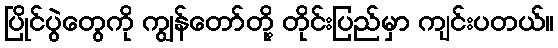
ပြိုင်ပွဲတွေကို ကျွန်တော်တို့ တိုင်းပြည်မှာ ကျင်းပတယ်။